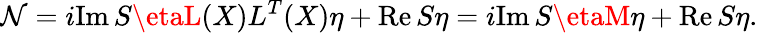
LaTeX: {\cal\mathcal{N}}=i\mathrm{{Im}}\, S\etaL(X)L^{T}(X)\eta+\mathrm{{Re}}\, S\eta=i\mathrm{{Im}}\, S\etaM\eta+\mathrm{{Re}}\, S\eta.